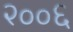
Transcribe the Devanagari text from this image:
२००६